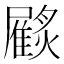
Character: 𩀲